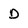
Character: D